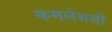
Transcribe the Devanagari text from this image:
कमलेशशी